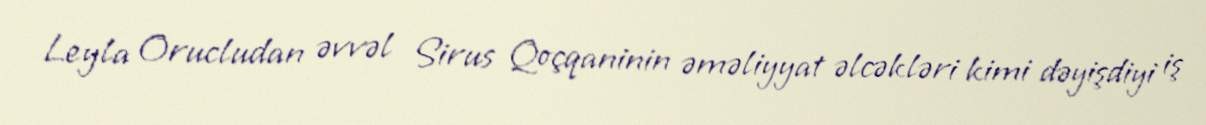
Leyla Orucludan əvvəl Sirus Qoçqaninin əməliyyat əlcəkləri kimi dəyişdiyi iş